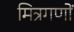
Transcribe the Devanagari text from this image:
मित्रगणों